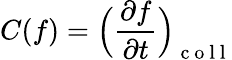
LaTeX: C(f)=\Big(\frac{\partial f}{\partial t}\Big)_{\mathrm{~c~o~l~l~}}